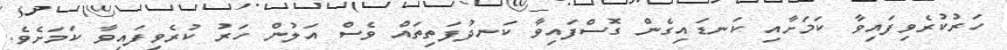
ހަރުކުރެވިފައިވާ ކަމަށާއި ކަނޑައިގެން ގޮސްފައިވާ ކަނދުފަތިތައް ވެސް އަލުން ހަރު ކުރެވިފައިވާ ކަމަށެވެ.